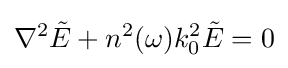
\nabla ^{2}{\tilde {E}}+n^{2}(\omega )k_{0}^{2}{\tilde {E}}=0